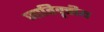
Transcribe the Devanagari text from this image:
जातिवृत्तीय